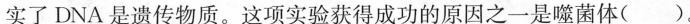
实了DNA是遗传物质。这项实验获得成功的原因之一是噬菌体( )。